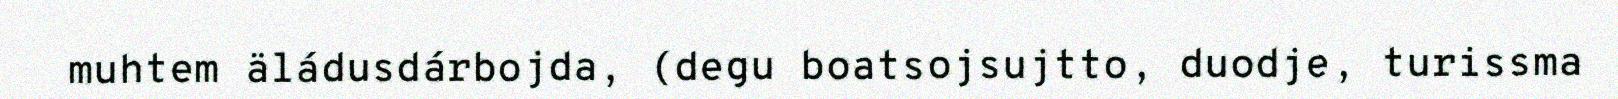
muhtem äládusdárbojda, (degu boatsojsujtto, duodje, turissma